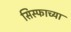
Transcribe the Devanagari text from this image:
सिस्फाच्या